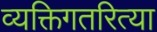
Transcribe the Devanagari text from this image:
व्यक्तिगतरित्या